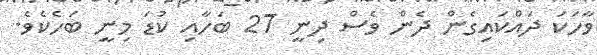
ވާހަކަ ދައްކައިގެން ދެން ވެސް ދިނީ 27 ބަހާއި ކުޑަ މިނީ ބަހެކެވެ.